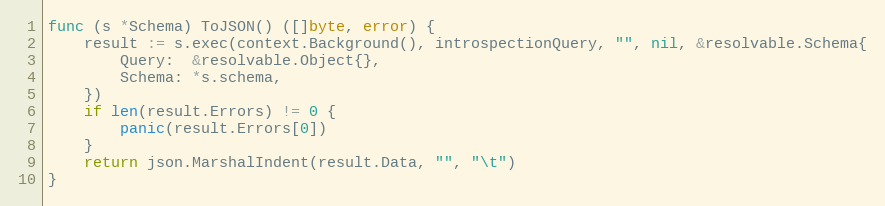
Language: Go
func (s *Schema) ToJSON() ([]byte, error) {
	result := s.exec(context.Background(), introspectionQuery, "", nil, &resolvable.Schema{
		Query:  &resolvable.Object{},
		Schema: *s.schema,
	})
	if len(result.Errors) != 0 {
		panic(result.Errors[0])
	}
	return json.MarshalIndent(result.Data, "", "\t")
}